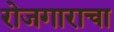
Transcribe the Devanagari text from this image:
रोजगाराचा